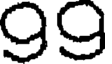
99